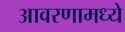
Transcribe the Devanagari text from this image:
आवरणामध्ये